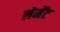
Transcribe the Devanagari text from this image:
लेमेंट